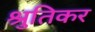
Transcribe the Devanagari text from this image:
श्रुतिकर